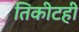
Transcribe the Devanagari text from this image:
तिकीटही